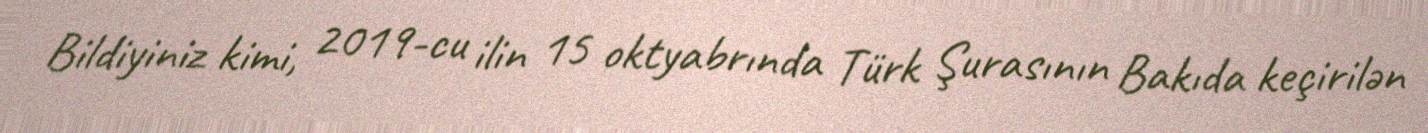
Bildiyiniz kimi, 2019-cu ilin 15 oktyabrında Türk Şurasının Bakıda keçirilən